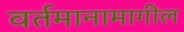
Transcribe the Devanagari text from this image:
वर्तमानामागील